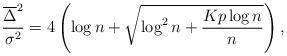
LaTeX: \begin{align*}{\overline{\Delta}^{2} \over \sigma^{2}} = 4 \left(\log{n}+\sqrt{\log^{2}{n}+{Kp \log{n} \over n}}\right),\end{align*}